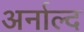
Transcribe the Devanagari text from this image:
अर्नाल्द